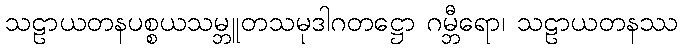
သဠာယတနပစ္စယသမ္ဘူတသမုဒါဂတဋ္ဌော ဂမ္ဘီရော၊ သဠာယတနဿ